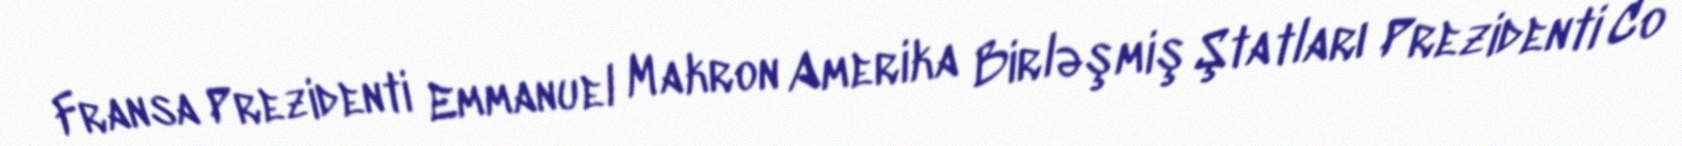
Fransa Prezidenti Emmanuel Makron Amerika Birləşmiş Ştatları Prezidenti Co